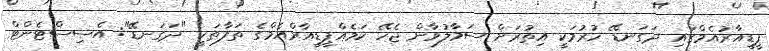
ޕީޑީއާރުއެމްގައި ދަގަނޑޭ ހުރުމަކީ އިތުރަށް ސަމާލުވާން ޖެހޭ ކަމެއްޕީޑީއާރްއެމްގެ ތަފާތަކީ "ދަގަނޑޭ": އެސިސްޓެންޓް